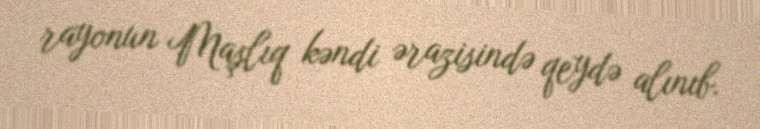
rayonun Maşlıq kəndi ərazisində qeydə alınıb.